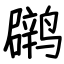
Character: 䴙